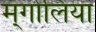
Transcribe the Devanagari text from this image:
म्ंगोलिया